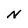
Character: N